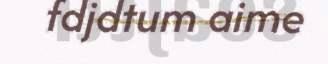
fdjdtum aime